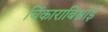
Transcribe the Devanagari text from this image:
चिंकाराबिश्नोई